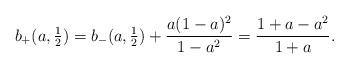
LaTeX: \begin{align*} b_+(a,\tfrac12) = b_-(a,\tfrac12)+\frac{a(1-a)^2}{1-a^2}=\frac{1+a-a^2}{1+a}.\end{align*}